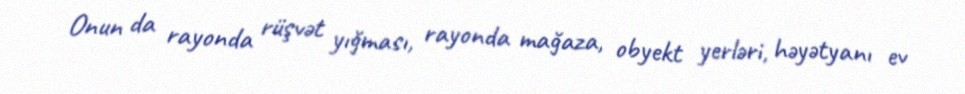
Onun da rayonda rüşvət yığması, rayonda mağaza, obyekt yerləri, həyətyanı ev